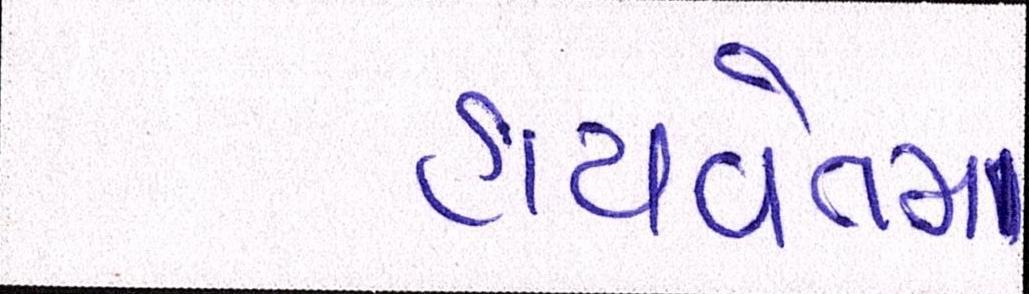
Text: હાથવેતમા